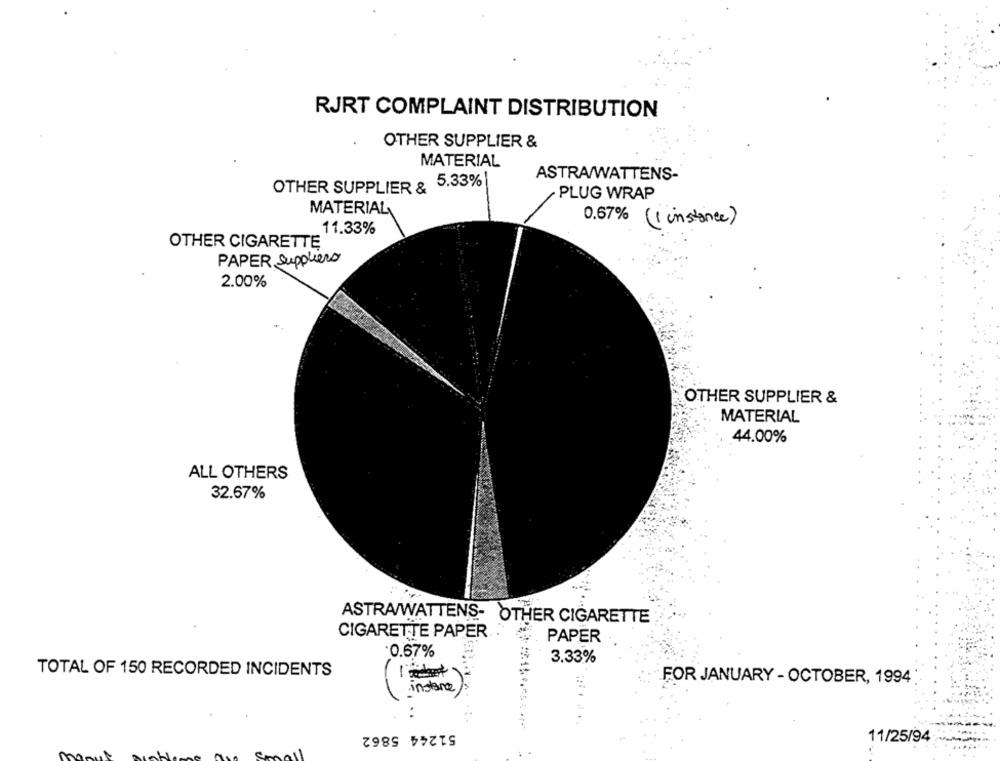
RJRT COMPLAINT DISTRIBUTION
OTHER SUPPLIER &
MATERIAL
ASTRA/WATTENS-
OTHER SUPPLIER & 5.33%
PLUG WRAP
MATERIAL
0.67% (1 instance)
11.33%
OTHER CIGARETTE
PAPER Suppliers
2.00%
OTHER SUPPLIER &
MATERIAL
44.00%
ALL OTHERS
32.67%
ASTRA/WATTENS- OTHER CIGARETTE
CIGARETTE PAPER .
. PAPER
·0.67%
3.33%
TOTAL OF 150 RECORDED INCIDENTS
-
FOR JANUARY - OCTOBER, 1994
instance
51244 5862
11/25/94